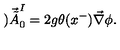
) \vec { \tilde { A } } _ { 0 } ^ { I } = 2 g \theta ( x ^ { - } ) \vec { \nabla } \phi .